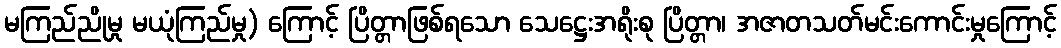
မကြည်ညိုမှု မယုံကြည်မှု) ကြောင့် ပြိတ္တာဖြစ်ရသော သေဋ္ဌေးအရိုးစု ပြိတ္တာ၊ အဇာတသတ်မင်းကောင်းမှုကြောင့်